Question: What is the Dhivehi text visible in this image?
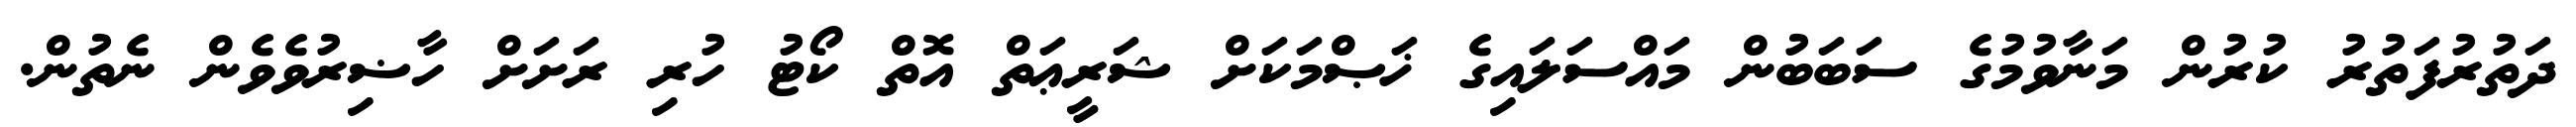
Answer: ދަތުރުފަތުރު ކުރުން މަނާވުމުގެ ސަބަބުން މައްސަލައިގެ ޚަޞްމަކަށް ޝަރީޢަތް އޮތް ކޯޓު ހުރި ރަށަށް ހާޟިރުވެވެން ނެތުން.